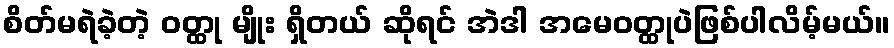
စိတ်မရဲခဲ့တဲ့ ဝတ္ထု မျိုး ရှိတယ် ဆိုရင် အဲဒါ အမေဝတ္ထုပဲဖြစ်ပါလိမ့်မယ်။